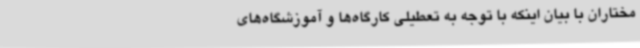
مختاران با بیان اینکه با توجه به تعطیلی کارگاه‌ها و آموزشگاه‌های